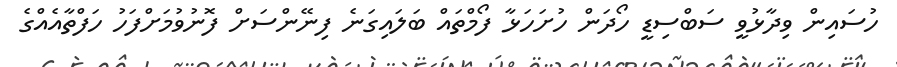
ހުސައިން ވިދާޅުވީ ސަބްސިޑީ ހޯދަން ހުށަހަޅާ ފޯމްތައް ބަލައިގަނެ ފިނޭންސަށް ފޮނުވުމަށްފަހު ހަފްތާއެއްގެ